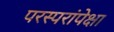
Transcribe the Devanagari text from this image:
परस्परांपेक्षा